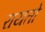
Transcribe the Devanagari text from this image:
रायतो